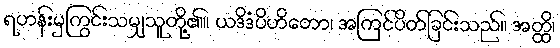
ရဟန်းမှကြွင်းသမျှသူတို့၏။ ယဒိဒံပိဟိတော၊ အကြင်ပိတ်ခြင်းသည်။ အတ္ထိ၊